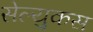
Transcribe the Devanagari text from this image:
सेल्‍युकस